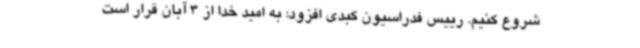
شروع کنیم. رییس فدراسیون کبدی افزود: به امید خدا از 3 آبان قرار است